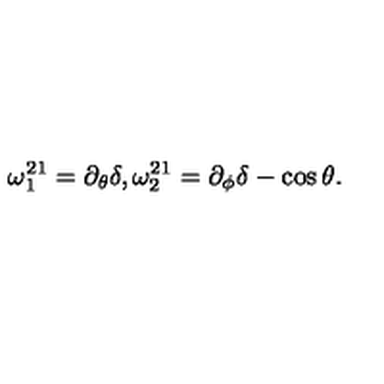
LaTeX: \omega _ { 1 } ^ { 2 1 } = \partial _ { \theta } \delta , \omega _ { 2 } ^ { 2 1 } = \partial _ { \phi } \delta - \cos \theta .